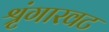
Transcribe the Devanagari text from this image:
श्रृंगारवट